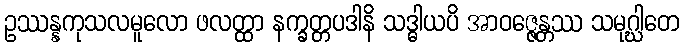
ဥဿန္နကုသလမူလော ဖလတ္ထာ နက္ခတ္တပဒါနိ သဒ္ဓါယပိ အာဝဇ္ဇေန္တဿ သမုဂ္ဃါတေ